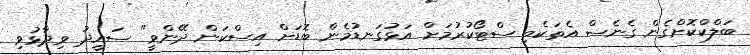
ބަލްކްކޮށްގެން ގެނެސް އެތަކެތި ސްޓޯކުރުމަށް އަޅުގަނޑުމެން ބޮޑަށް އިސްކަން ދޭންވީ" ސައީދު ވިދާޅުވި